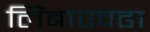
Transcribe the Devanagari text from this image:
लिंबाएवढा